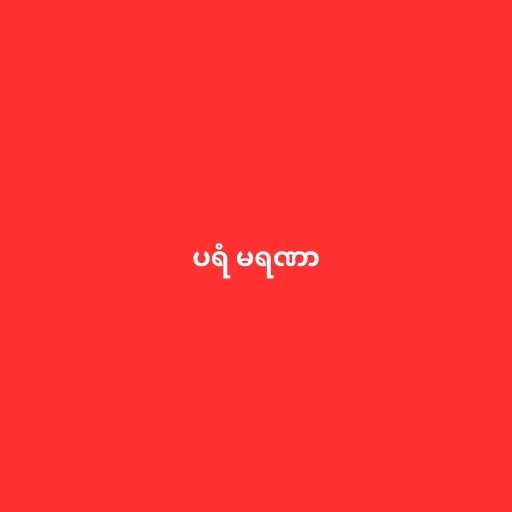
ပရံ မရဏာ